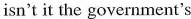
isn't it the government's